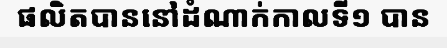
ផលិតបាននៅដំណាក់កាលទី១ បាន